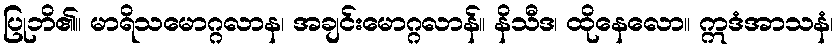
ပြုဘိ၏။ မာရိသမောဂ္ဂလာန၊ အချင်းမောဂ္ဂလာန်။ နိသီဒ၊ ထိုနေလော။ ဣဒံအာသနံ၊